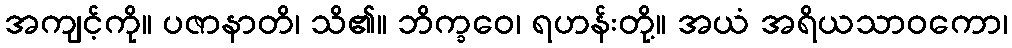
အကျင့်ကို။ ပဇာနာတိ၊ သိ၏။ ဘိက္ခဝေ၊ ရဟန်းတို့။ အယံ အရိယသာဝကော၊